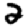
Digit: 2